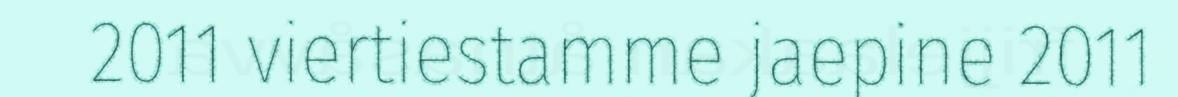
2011 viertiestamme jaepine 2011